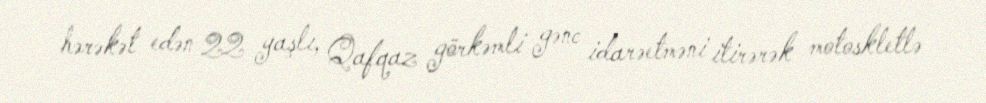
hərəkət edən 22 yaşlı, Qafqaz görkəmli gənc idarəetməni itirərək motoskletlə